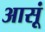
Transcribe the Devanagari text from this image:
आसूं